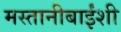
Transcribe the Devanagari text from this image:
मस्तानीबाईंशी